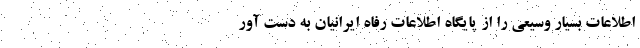
اطلاعات بسیار وسیعی را از پایگاه اطلاعات رفاه ایرانیان به دست آور